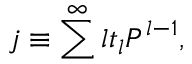
j \equiv \sum ^ { \infty } l t _ { l } P ^ { l - 1 } ,